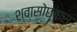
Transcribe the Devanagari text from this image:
श्वासोछ्वास